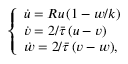
\left\{ \begin{array} { l l } { \dot { u } = R u \, ( 1 - w / k ) } \\ { \dot { v } = 2 / \bar { \tau } \, ( u - v ) } \\ { \dot { w } = 2 / \bar { \tau } \, ( v - w ) , } \end{array} \right.